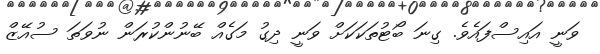
ވަނީ އައިސްފައެވެ. ގިނަ ބޯޓުތަކަކަށް ވަނީ ދިގު މަގެއް ބޭނުންކުރަން ނުވަތަ ސުއޭޒް